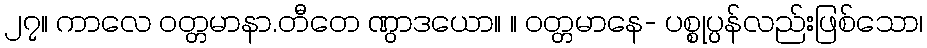
၂၇။ ကာလေ ဝတ္တမာနာ.တီတေ ဏွာဒယော။ ။ ဝတ္တမာနေ- ပစ္စုပ္ပန်လည်းဖြစ်သော၊